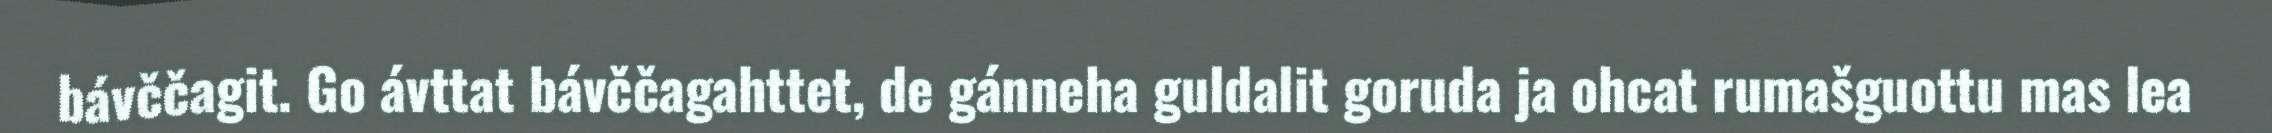
bávččagit. Go ávttat bávččagahttet, de gánneha guldalit goruda ja ohcat rumašguottu mas lea